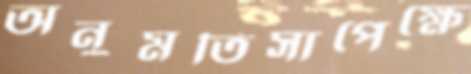
অনুমতিসাপেক্ষে